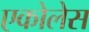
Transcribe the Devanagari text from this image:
एकोलेस